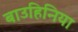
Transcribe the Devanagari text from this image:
बाउहिनिया